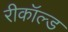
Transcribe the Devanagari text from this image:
रीकॉल्ड